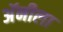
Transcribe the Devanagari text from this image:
अॅनीला